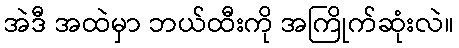
အဲဒီ အထဲမှာ ဘယ်ထီးကို အကြိုက်ဆုံးလဲ။